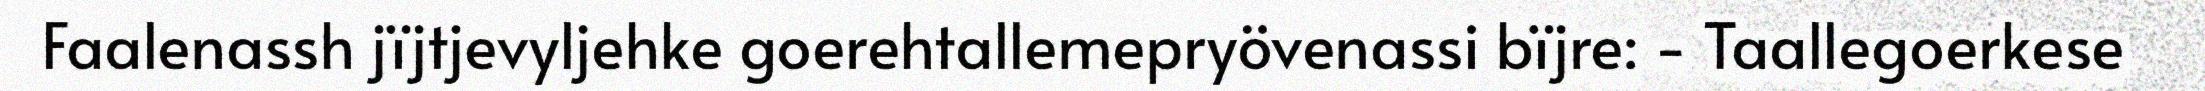
Faalenassh jïjtjevyljehke goerehtallemepryövenassi bïjre: - Taallegoerkese